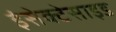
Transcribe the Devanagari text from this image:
इंसेक्टेसाइड